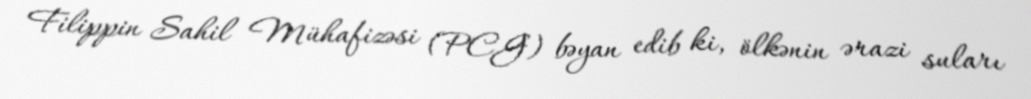
Filippin Sahil Mühafizəsi (PCG) bəyan edib ki, ölkənin ərazi suları